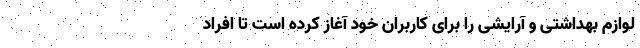
لوازم بهداشتی و آرایشی را برای کاربران خود آغاز کرده است تا افراد